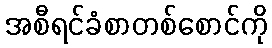
အစီရင်ခံစာတစ်စောင်ကို